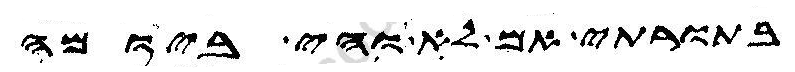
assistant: בתורתי אם לא והי ביומה